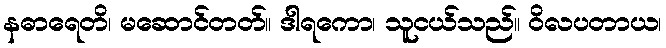
နဓာရေတိ၊ မဆောင်တတ်။ ဒါရကော၊ သူငယ်သည်။ ဝိလပတာယ၊